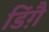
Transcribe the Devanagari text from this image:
डिंग़ै